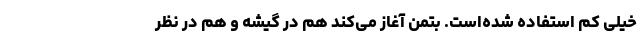
خیلی کم استفاده شده‌است. بتمن آغاز می‌کند هم در گیشه و هم در نظر